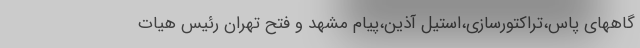
گاههای پاس،تراکتورسازی،استیل آذین،‌پیام مشهد و فتح تهران رئیس هیات